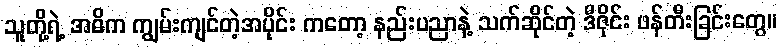
သူတို့ရဲ့ အဓိက ကျွမ်းကျင်တဲ့အပိုင်း ကတော့ နည်းပညာနဲ့ သက်ဆိုင်တဲ့ ဒီဇိုင်း ဖန်တီးခြင်းတွေ။